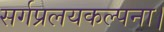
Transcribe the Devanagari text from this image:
सर्गप्रलयकल्पना।